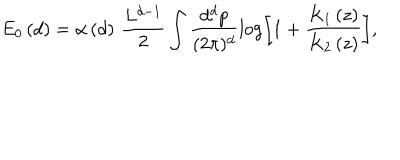
E _ { 0 } \left( d \right) = \alpha \left( d \right) \, \frac { L ^ { d - 1 } } { 2 } \int \frac { d ^ { d } p } { ( 2 \pi ) ^ { d } } \log \left[ 1 + \frac { K _ { 1 } \left( z \right) } { K _ { 2 } \left( z \right) } \right] ,